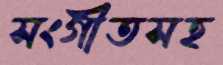
সংগীতসহ